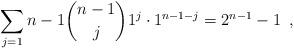
LaTeX: \begin{align*}\sum_{j=1}{n-1} \binom{n-1}{j} 1^j \cdot 1^{n-1-j} = 2^{n-1} - 1 \enspace ,\end{align*}